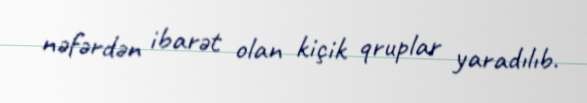
nəfərdən ibarət olan kiçik qruplar yaradılıb.